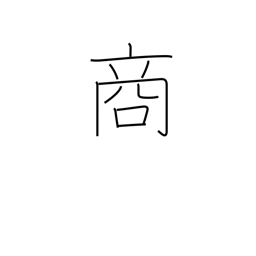
Meaning: selling